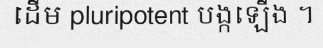
ដើម pluripotent បង្កឡើង ។